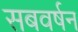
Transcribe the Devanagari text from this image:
सबवर्षन